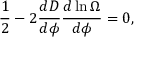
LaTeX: { \frac { 1 } { 2 } } - 2 { \frac { d D } { d \phi } } { \frac { d \ln \Omega } { d \phi } } = 0 ,